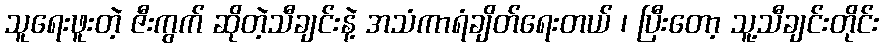
သူရေးဖူးတဲ့ ဇီးကွက် ဆိုတဲ့သီချင်းနဲ့ အသံကာရံချိတ်ရေးတယ် ၊ ပြီးတော့ သူ့သီချင်းတိုင်း